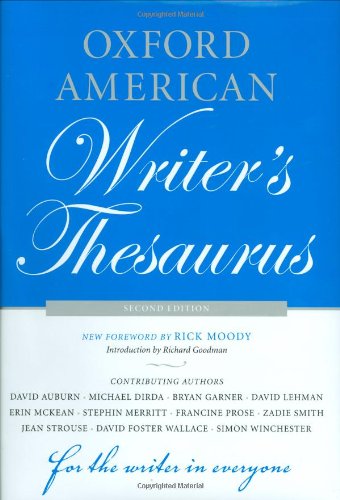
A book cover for Oxford American Writer's Thesaurus; Reference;